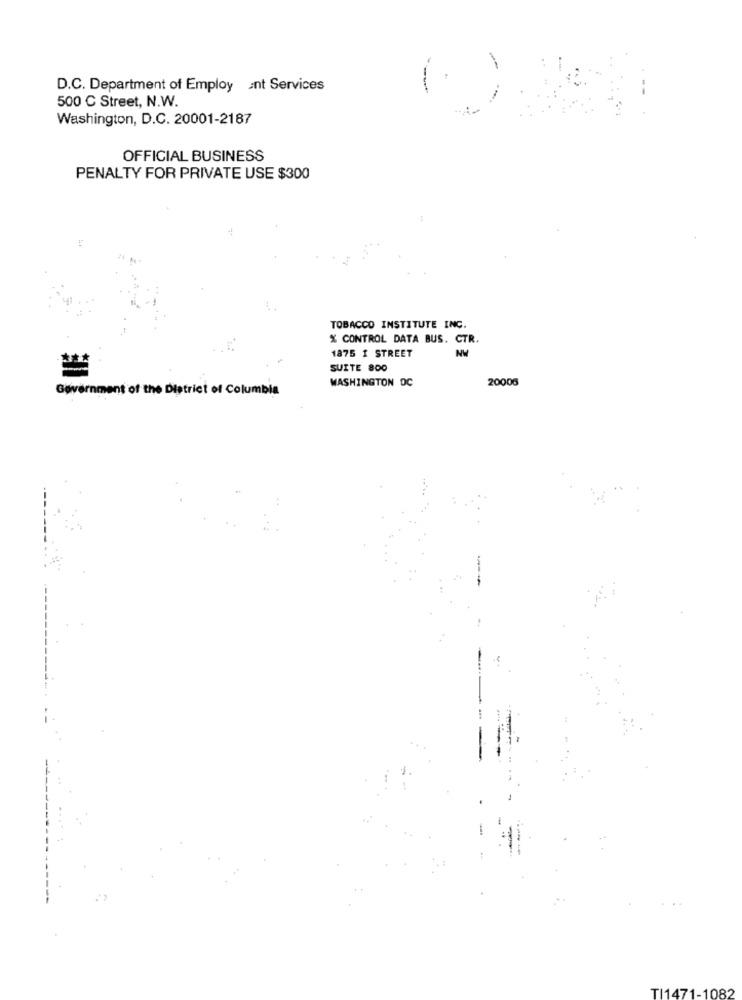
D.C. Department of Employ ant Services
500 C Street, N.W.
Washington, D.C. 20001-2187
OFFICIAL BUSINESS
PENALTY FOR PRIVATE USE $300
TOBACCO INSTITUTE INC.
X CONTROL DATA BUS. CTR.
1875 1 STREET
NW
SUITE 800
WASHINGTON DC
20006
Government of the District of Columbia
TI1471-1082